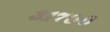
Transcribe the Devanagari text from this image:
३१७००